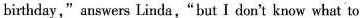
birthday," answers Linda,"but I don't know what to